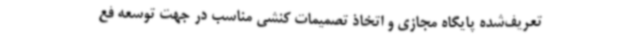
تعریف‌شده پایگاه مجازی و اتخاذ تصمیمات کنشی مناسب در جهت توسعه فع